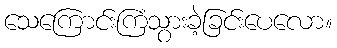
သေကြောင်းကြံသွားခဲ့ခြင်းပေလော။